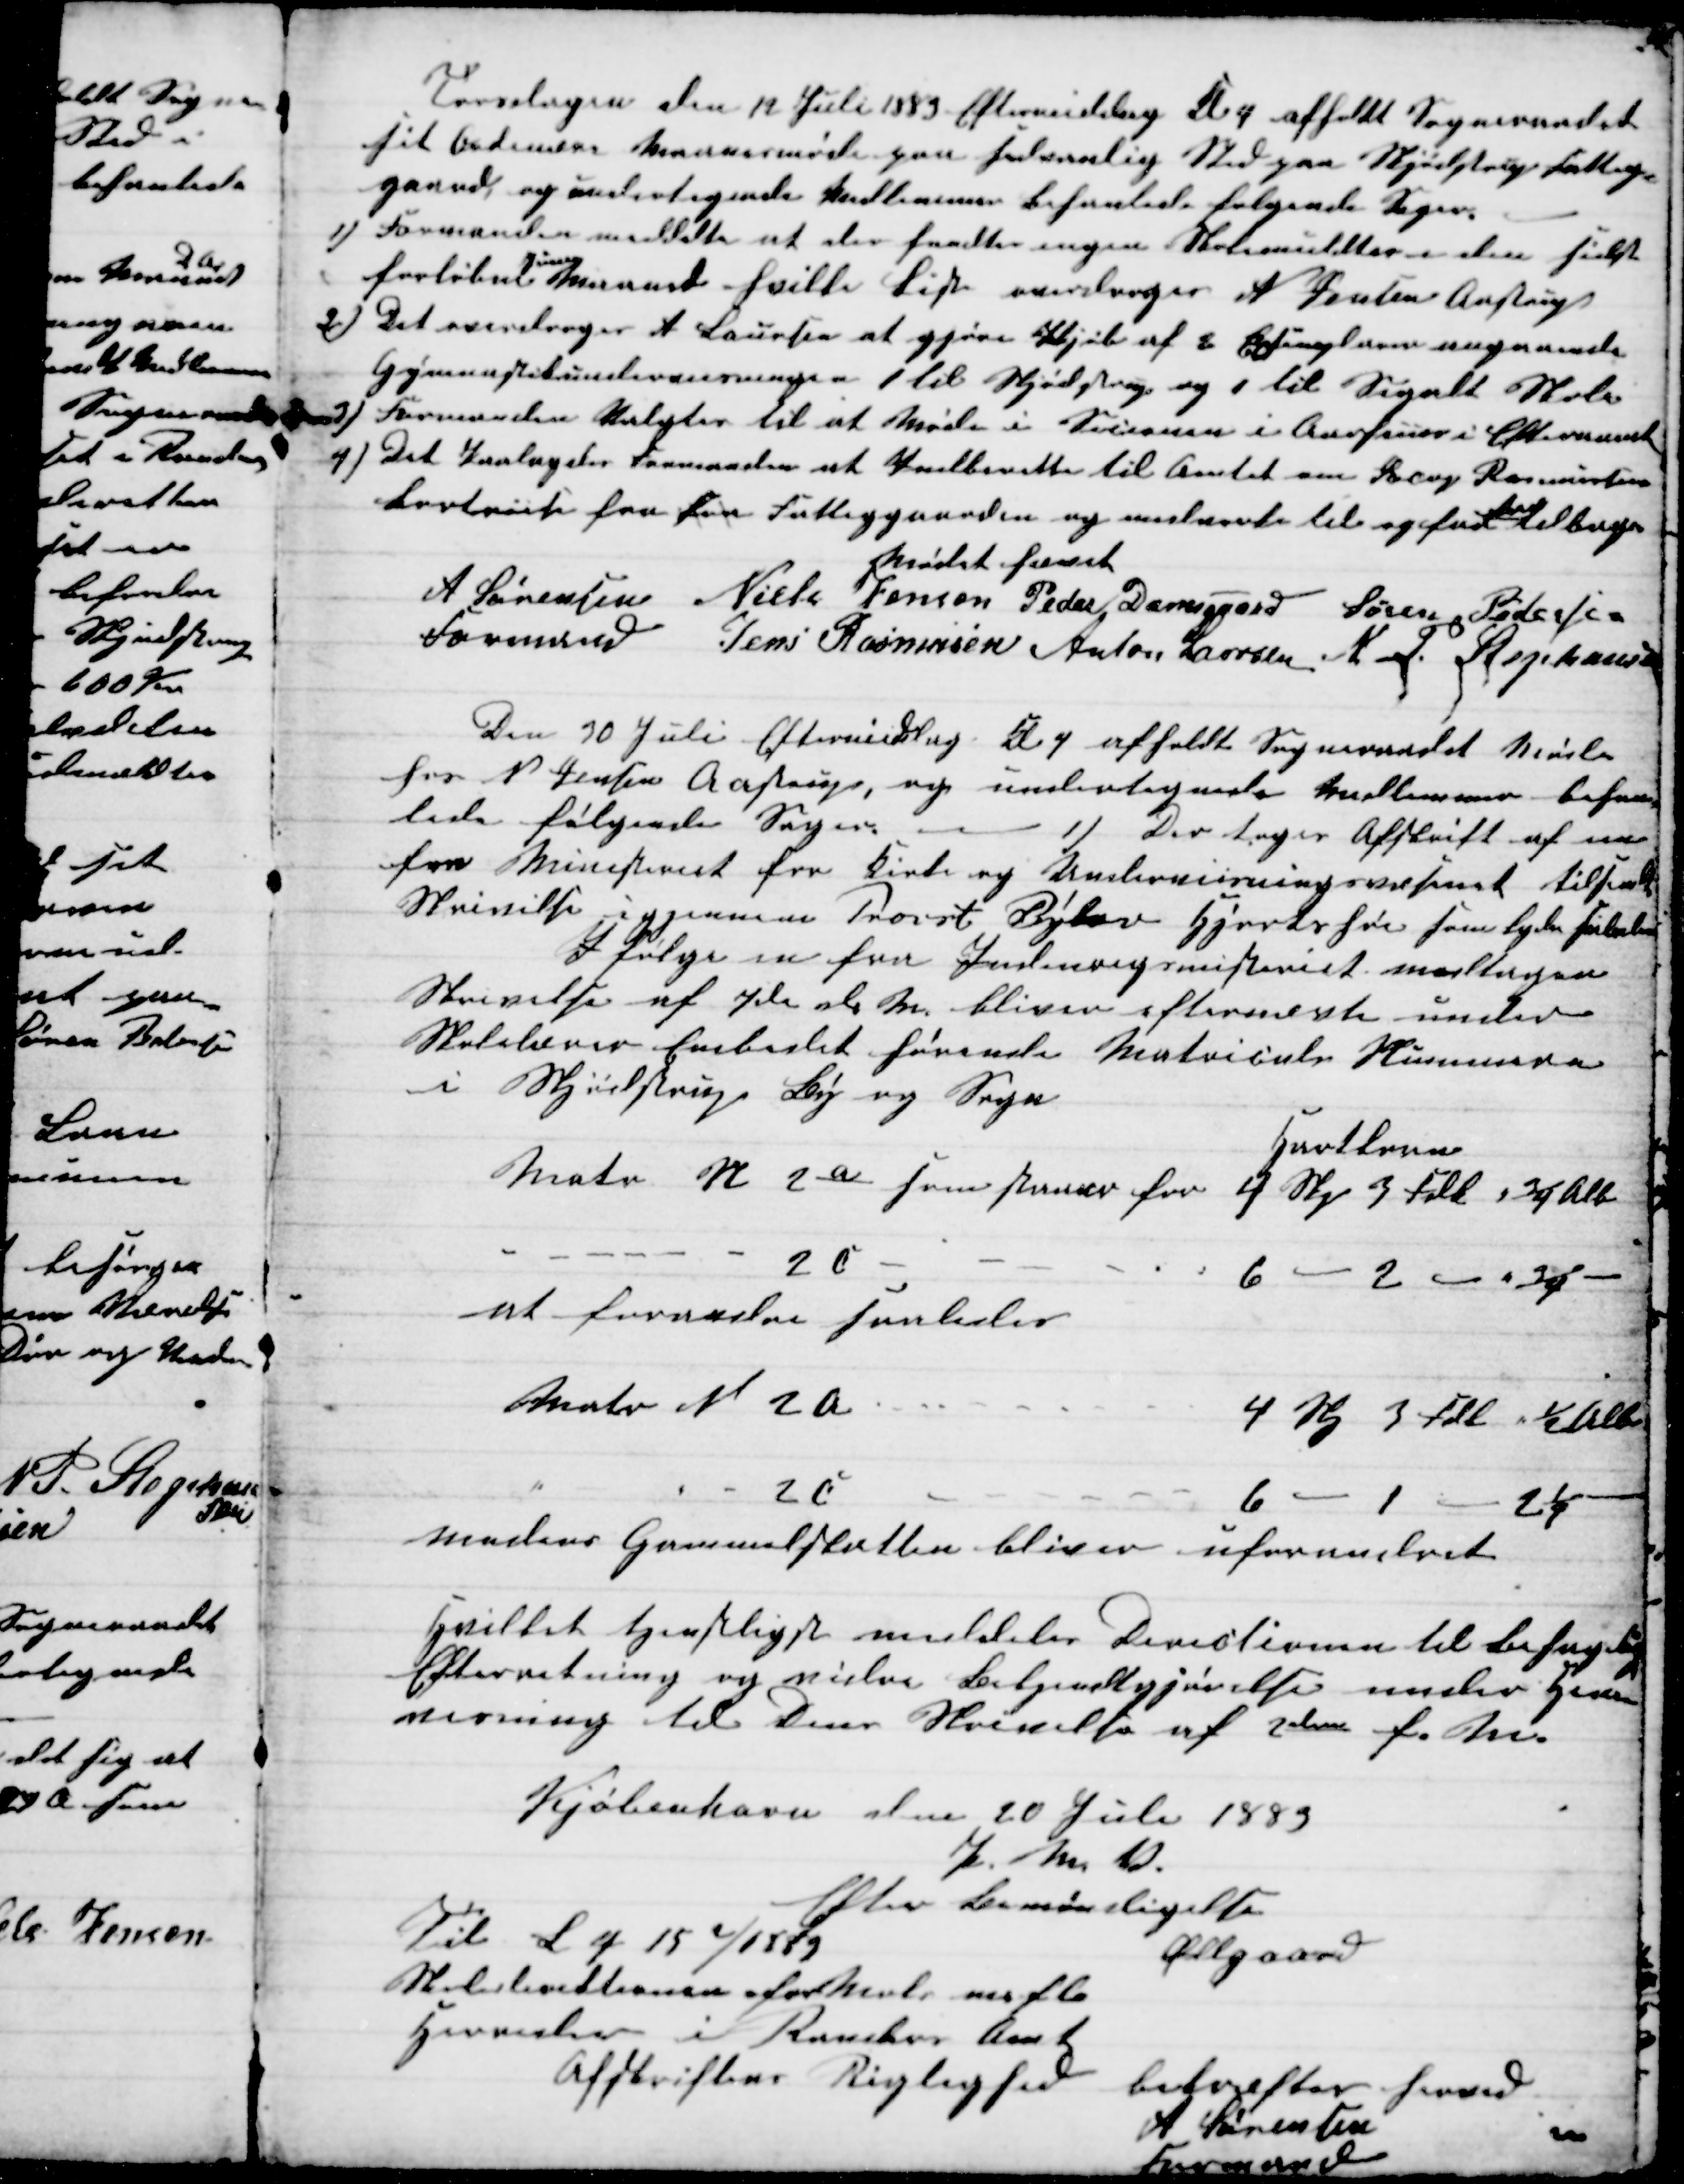
Transskription:
Torsdagen den 12 Juli 1883 Eftermiddag Kl 4 afholdt Sogneraadet
sit Ordinære Maanesmøde paa sedvanlig Sted paa Skjødstrup Fattig-
gaard og undertegnede Medlemmer behanlede følgende Sager.
1) Formanden meddelte at der fandtes ingen Skolemulkter i den sidste
forløbne 
Juni
Maaned hvilke Liste overdroges N Jensen Aastrup
2) Det overdroges A Laursen at gjøre Kjøb af 2 Exsemplarer angaaende
Gymnastikundervisningen 1 til Skjødstrup og 1 til Segalt Skole
3) Formanden Valgtes til at Møde i Secionen i Aarhuus i Efteraaret
4) Det Paalagdes Formanden at Indberette til Amtet om Jacop Rasmussens
Bortvise fra fra Fattiggaarden og medvirke til og faa 
ham
tilbage
Mødet hævet
A Sørensen 
Formand 
Niels Jensen Peder Damsgaard Søren Pedersen
Jens Rasmusen Anton Laursen N. P. Stephansen
Den 30 Juli Eftermiddag Kl 4 afholdt Sogneraadet Møde
hos N Jensen Aastrup, og undertegnede Medlemmer behan-
lede følgende Sager.
1)
Der tages Afskrift af en
fra Ministeriet for Kirke og Undervisningsvæsnet tilsendt
Skrivelse igjennem Provst Bylov Hjortshøi som lyder saaledes
I følge en fra Indenrigsministeriet modtagen
Skrivelse af 7de d. M. bliver efternæste under
Skolelærer Embedet hørende Matricels Husnumre
i Skjødstrup By og Sogn
Hartkorn
Matr. № 2a som staar for 4 Skj. 3 Fdk " ¾ Alb
2 c
6 - 2 - " ¾
at forandre saaledes
Matr N 2 a
4 Skj 3 Fdk " ½ Alb
2 c
6 - 1 - 2¼
medens Grundskatten bliver uforandret
Hvilket tjenstligst meddeles Directionen til behagelig
Efterretning og vidre Bekjendtgjørelse under Hen-
visning til Deres Skrivelse af 2den f. M.
Kjøbenhavn den 20 Juli 1883
P. M. V.
Efter Bemyndigelse
Øllgaard
Til L p 15 2/1883
Skoledirektionen for Mols m. fl.
Herreder i Randers Amt
Afskriftens Rigtighed
bekræftes herved
A Sørensen
Formand